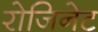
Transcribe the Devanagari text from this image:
रोजिनेट